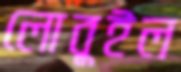
লোবুইল